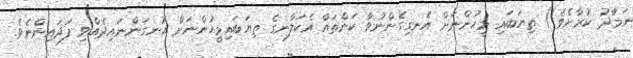
ނަމާދު ކުރާށެވެ!) ތިޔަބައި މީހުންނަށް އެނގިގެންނުވާ ކަންތައް އެކަލާނގެ ތިޔަބައިމީހުންނަށް އުނގަންނައިދެއްވި ފަދައިންނެވެ.